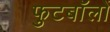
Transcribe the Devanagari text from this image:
फुटबॉलों